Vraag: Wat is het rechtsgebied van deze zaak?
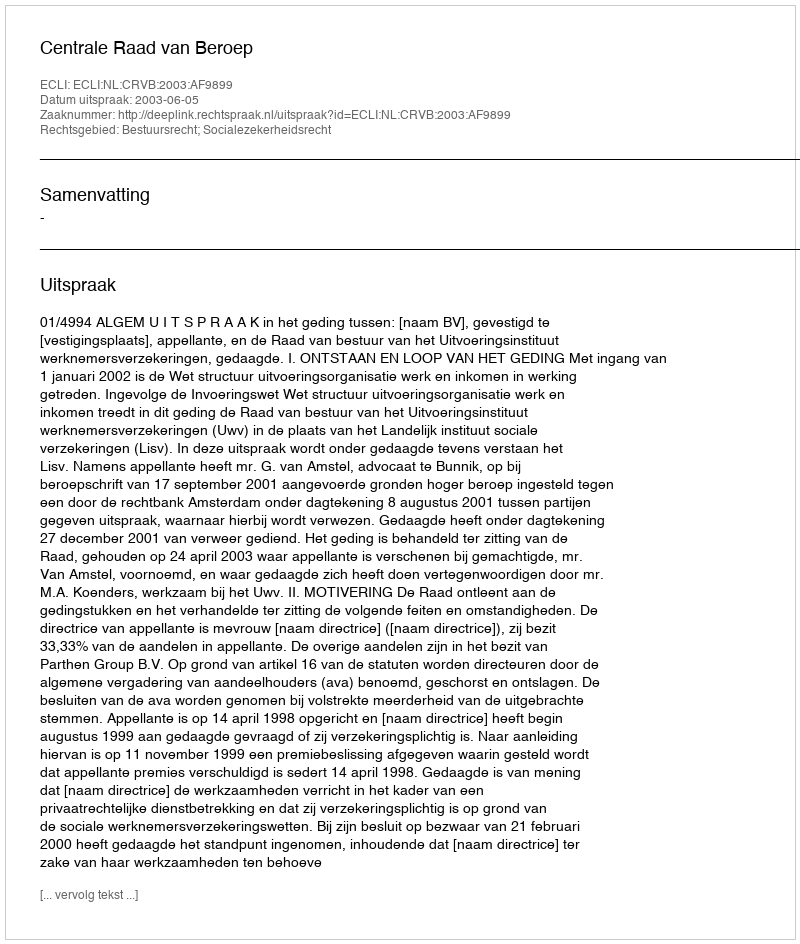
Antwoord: Bestuursrecht; Socialezekerheidsrecht